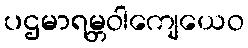
ပဌမာရမ္ဘဝါကျေယေဝ